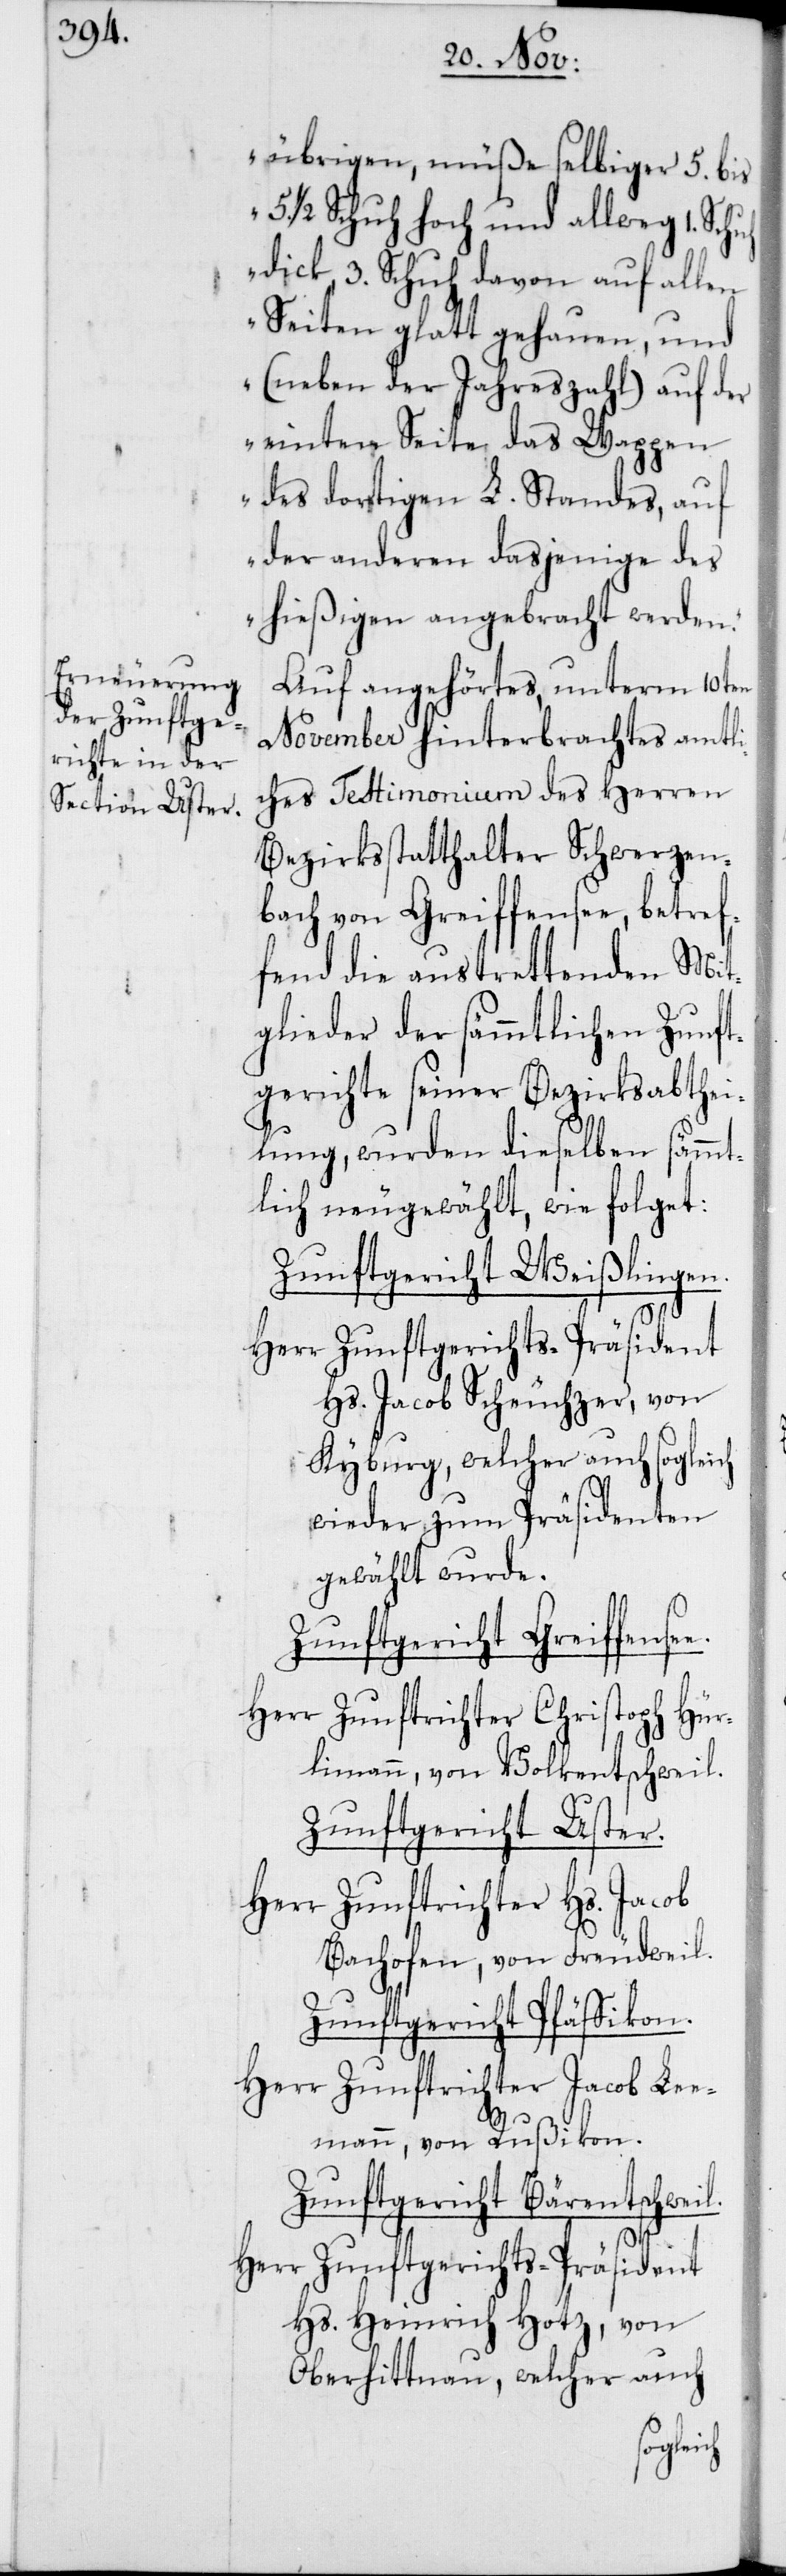
übrigen, müße selbiger 5. bis
5. ½ Schuh hoch und allweg 1.
dick, 3. Schuh davon auf allen
Seiten glatt gehauen, und
(neben der Jahreszahl) auf der
einten Seite das Wappen
des dortigen L. Standes, auf
der anderen dasjenige des
hießigen angebracht werden“.
Auf angehörtes, unterm 10ten
November hinterbrachtes amtli¬
ches Testimonium des Herren
Bezirksstatthalter Schwerzen¬
bach von Greiffensee, betref¬
fend die austrettenden Mit¬
glieder der sämmtlichen Zunft¬
gerichte seiner Bezirksabthei¬
lung, wurden dieselben sämmt¬
lich neugewählt, wie folget:
Zunftgericht Weißlingen.
Herr Zunftgerichts-Präsident
Hs. Jacob Scheuchzer, von
Kyburg, welcher auch sogleich
wieder zum Präsidenten
gewählt wurde.
Zunftgericht Greiffense¬
Herr Zunftrichter Christoph Hür¬
limann, von Volketschweil.
Zunftgericht Uster.
Herr Zunftrichter Hs. Jacob
Bachofen, von Freudweil.
Zunftgericht Pfäffikon.
Herr Zunftrichter Jacob Lee¬
mann, von Rußikon.
Zunftgericht Bärentschweil.
Hs. Heinrich Hotz, von
Oberhittnau, welcher auch
e.